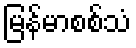
မြန်မာစစ်သံ